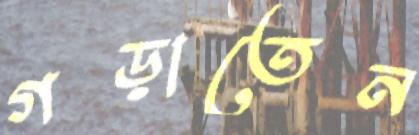
গড়াতেন